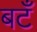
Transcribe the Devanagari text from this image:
बटँ